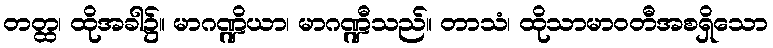
တတ္ထ၊ ထိုအခါ၌။ မာဂဏ္ဍိယာ၊ မာဂဏ္ဍီသည်။ တာသံ၊ ထိုသာမာဝတီအစရှိသော